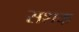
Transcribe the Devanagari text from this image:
सशक